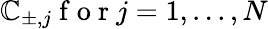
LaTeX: \mathbb{C}_{\pm,j}\mathrm{{~f~o~r~}}j=1,...,N